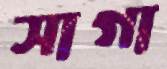
সাগা